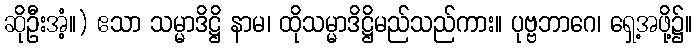
ဆိုဦးအံ့။) ဧသာ သမ္မာဒိဋ္ဌိ နာမ၊ ထိုသမ္မာဒိဋ္ဌိမည်သည်ကား။ ပုဗ္ဗဘာဂေ၊ ရှေ့အဖို့၌။